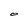
Character: O